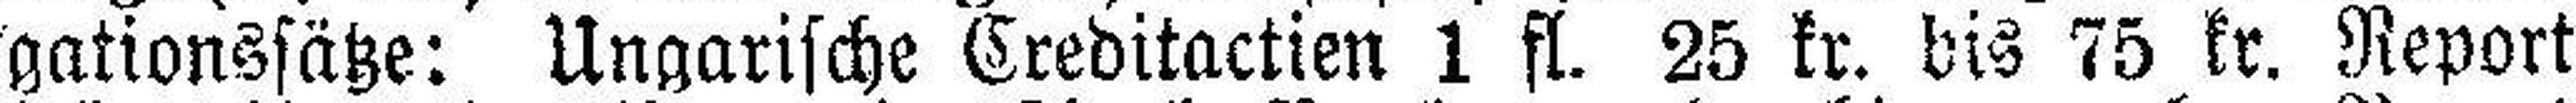
gationssätze: Ungarische Creditactien 1 fl. 25 kr. bis 75 kr. Report